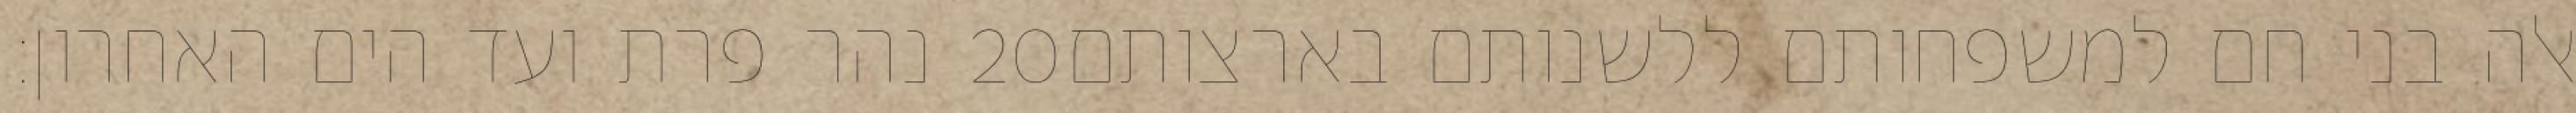
נהר פרת ועד הים האחרון׃ ‎20‏ אלה בני חם למשפחותם ללשנותם בארצותם